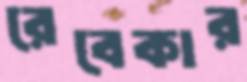
রেবেকার